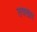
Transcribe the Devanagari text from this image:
तवखार